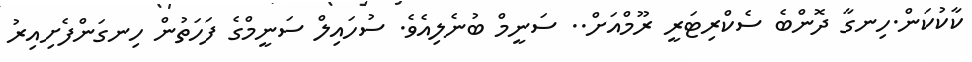
ކާކުކަން.ހިނގާ ދޮންބެ ސެކްރިޓަރީ ރޫމްއަށް.. ސަނީމް ބުނެލިއެވެ. ސުހައިލް ސަނީމްގެ ފަހަތުން ހިނގަންފެށިއިރު